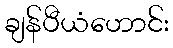
ချန်ပီယံဟောင်း